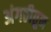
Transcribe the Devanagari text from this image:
अंगठीतुन